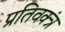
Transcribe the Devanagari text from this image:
प्रतिवक्त्रं